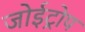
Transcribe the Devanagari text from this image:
जोईट्रोप